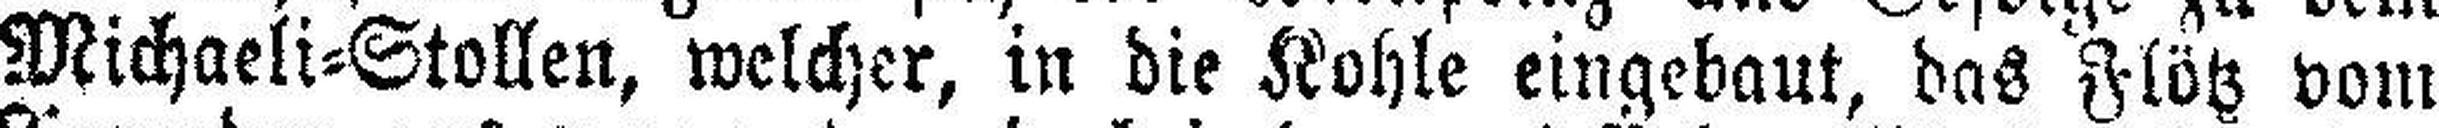
Michaeli=Stollen, welcher, in die Kohle eingebaut, das Flötz vom